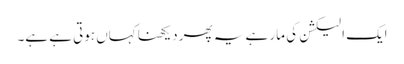
ایک الیکشن کی مار ہے یہ پھر دیکھنا کہاں ہوتی ہے ہے۔